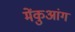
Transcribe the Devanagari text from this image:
मेंकुआंग